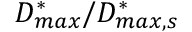
D _ { m a x } ^ { * } / D _ { m a x , s } ^ { * }